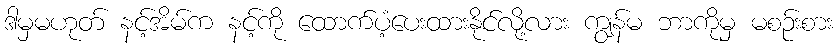
ဒါမှမဟုတ် နင့်အိမ်က နင့်ကို ထောက်ပံ့ပေးထားနိုင်လို့လား ကျွန်မ ဘာကိုမှ မစဉ်းစား